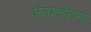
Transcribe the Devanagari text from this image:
अंतश्‍चेतना